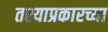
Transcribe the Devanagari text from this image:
तश्याप्रकारच्या